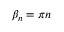
\beta _ { n } = \pi n